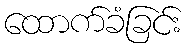
ထောက်ခံခြင်း